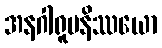
အနဂါရူပနိဿယော